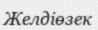
Желдіөзек